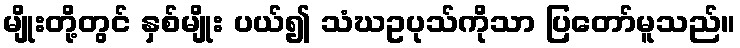
မျိုးတို့တွင် နှစ်မျိုး ပယ်၍ သံဃဥပုသ်ကိုသာ ပြတော်မူသည်။